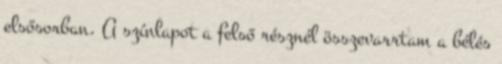
elsősorban. A színlapot a felső résznél összevarrtam a bélés